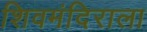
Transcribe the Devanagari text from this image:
शिवमंदिराला